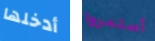
أدخلها أستمروا